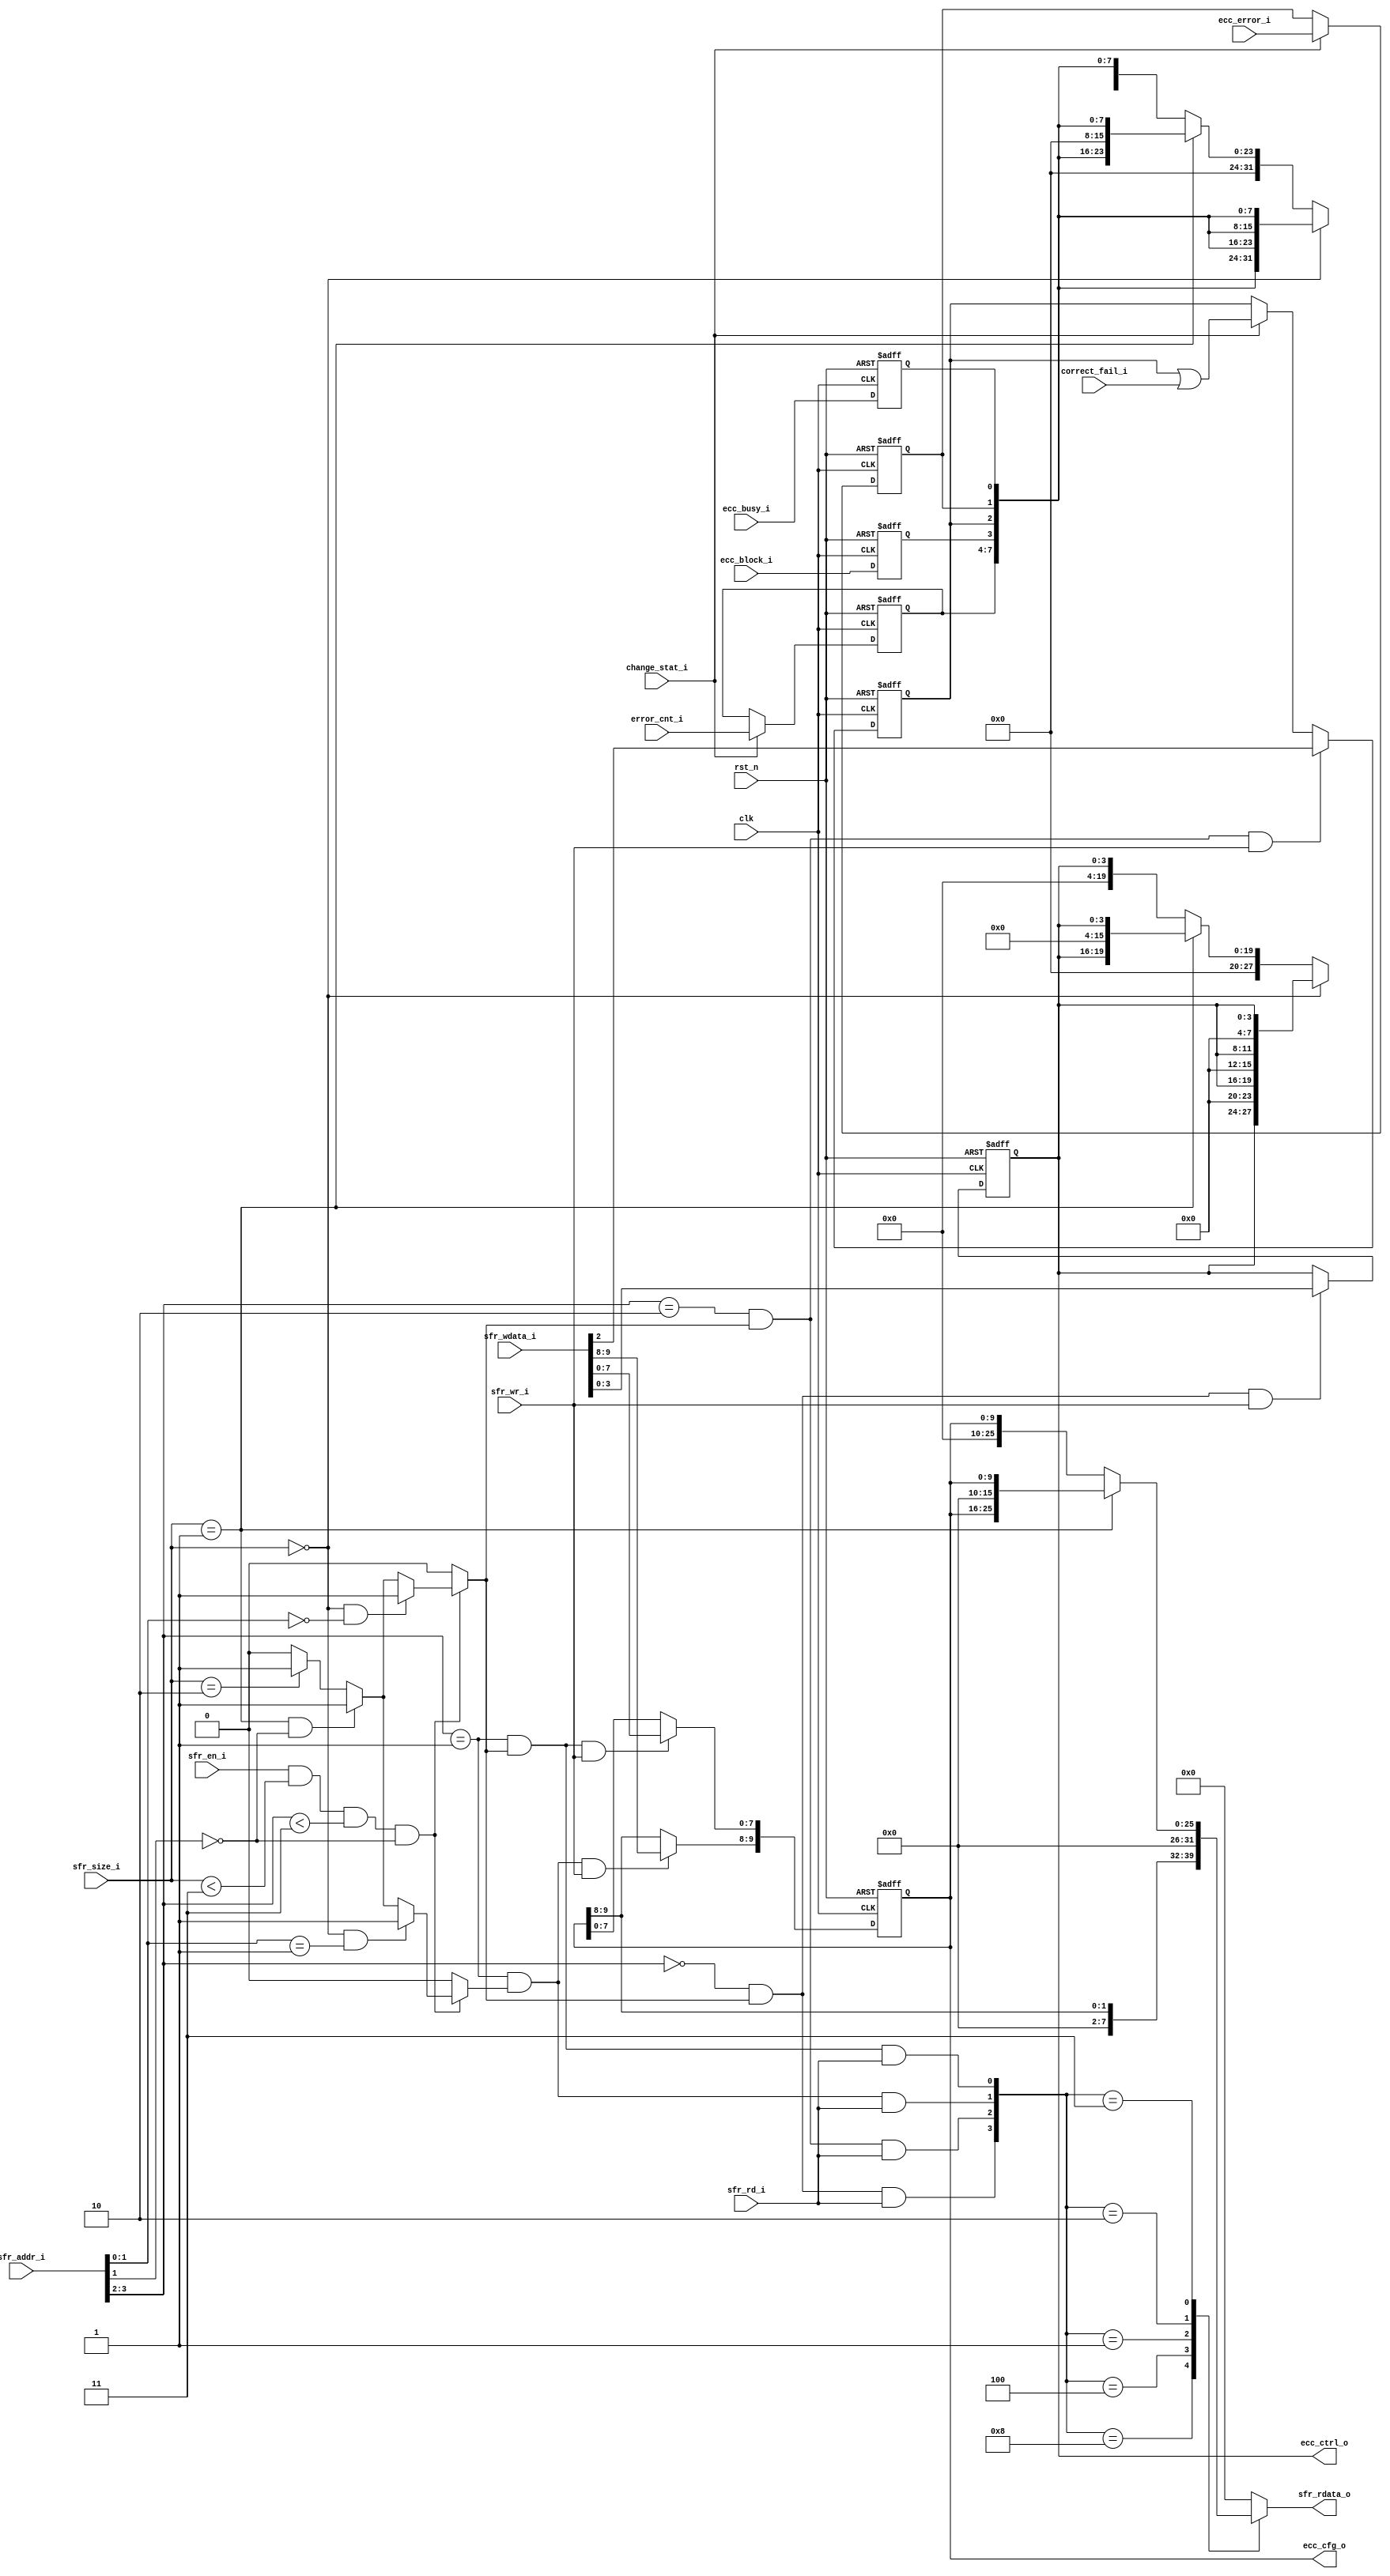
//+File Header//////////////////////////////////////////////////////////////////
//Copyright 2009, shhic. All rights reserved
//Module name : bchecc_reg
//Department  : security
//Author's mail : xuyx@shhic.com
//------------------------------------------------------------------------ 
// Release history 
// VERSION  Date       AUTHOR       DESCRIPTION 
// 1.0      2010-6-1   Xun Yunxiu   Initial version
//------------------------------------------------------------------------ 
// Other: The IP is based on ECC_V100.
//-File Header//////////////////////////////////////////////////////////////////

`timescale 1ns/100ps
module  bchecc_reg(
                rst_n,
                clk,
                sfr_en_i,
                sfr_rd_i,
                sfr_wr_i,
                sfr_size_i,
                sfr_addr_i,
                sfr_wdata_i,
                change_stat_i,
                ecc_busy_i,
                ecc_block_i,
                ecc_error_i,
                correct_fail_i,
                error_cnt_i,
                sfr_rdata_o,
                ecc_ctrl_o,
                ecc_cfg_o
                );
////////////////input
input           rst_n;
input           clk;
input           sfr_en_i;
input           sfr_rd_i;
input           sfr_wr_i;
input   [1:0]   sfr_size_i;
input   [3:0]   sfr_addr_i;
input   [31:0]  sfr_wdata_i;
input           change_stat_i;
input           ecc_busy_i;
input           ecc_block_i;
input           ecc_error_i;
input           correct_fail_i;
input   [3:0]   error_cnt_i;

////////////////output
output  [31:0]  sfr_rdata_o;
output  [3:0]   ecc_ctrl_o;
output  [9:0]   ecc_cfg_o;
reg     [31:0]  sfr_rdata;

////////////////register
reg     [3:0]   ecc_ctrl;
reg     [9:0]   ecc_cfg;
reg     [7:0]   ecc_stat;

////////////////read and write register
wire            sfr_sel;
reg             sfr_byte0_sel;
reg             sfr_byte1_sel;
wire            ecc_ctrl_sel;
wire            ecc_cfg0_sel;
wire            ecc_cfg1_sel;
wire            ecc_stat_sel;

wire            ecc_ctrl_rd;
wire            ecc_cfg0_rd;
wire            ecc_cfg1_rd;
wire            ecc_stat_rd;

wire            ecc_ctrl_wr;
wire            ecc_cfg0_wr;
wire            ecc_cfg1_wr;
wire            ecc_stat_wr;

////////////////generate read and write signals
assign  sfr_sel = sfr_en_i && (sfr_size_i<2'b11) && (sfr_addr_i[3:2]<2'b11) && (sfr_addr_i[1]==1'b0);

always  @(*)
begin
    if(sfr_sel)
        begin
            if((sfr_size_i==2'b00)&&(sfr_addr_i[1:0]==2'b00))
                begin
                    sfr_byte0_sel = 1'b1;
                end
            else if((sfr_size_i==2'b01)&&(sfr_addr_i[1]==1'b0))
                begin
                    sfr_byte0_sel = 1'b1;
                end
            else if(sfr_size_i==2'b10)
                begin
                    sfr_byte0_sel = 1'b1;
                end
            else
                begin
                    sfr_byte0_sel = 1'b0;
                end
        end
    else
        begin
            sfr_byte0_sel = 1'b0;
        end
end

always  @(*)
begin
    if(sfr_sel)
        begin
            if((sfr_size_i==2'b00)&&(sfr_addr_i[1:0]==2'b01))
                begin
                    sfr_byte1_sel = 1'b1;
                end
            else if((sfr_size_i==2'b01)&&(sfr_addr_i[1]==1'b0))
                begin
                    sfr_byte1_sel = 1'b1;
                end
            else if(sfr_size_i==2'b10)
                begin
                    sfr_byte1_sel = 1'b1;
                end
            else
                begin
                    sfr_byte1_sel = 1'b0;
                end
        end
    else
        begin
            sfr_byte1_sel = 1'b0;
        end
end

assign  ecc_ctrl_sel = (sfr_addr_i[3:2]==2'b00) && sfr_byte0_sel;
assign  ecc_cfg0_sel = (sfr_addr_i[3:2]==2'b01) && sfr_byte0_sel;
assign  ecc_cfg1_sel = (sfr_addr_i[3:2]==2'b01) && sfr_byte1_sel;
assign  ecc_stat_sel = (sfr_addr_i[3:2]==2'b10) && sfr_byte0_sel;
assign  ecc_ctrl_rd  = ecc_ctrl_sel && sfr_rd_i;
assign  ecc_cfg0_rd  = ecc_cfg0_sel && sfr_rd_i;
assign  ecc_cfg1_rd  = ecc_cfg1_sel && sfr_rd_i;
assign  ecc_stat_rd  = ecc_stat_sel && sfr_rd_i;
assign  ecc_ctrl_wr  = ecc_ctrl_sel && sfr_wr_i;
assign  ecc_cfg0_wr  = ecc_cfg0_sel && sfr_wr_i;
assign  ecc_cfg1_wr  = ecc_cfg1_sel && sfr_wr_i;
assign  ecc_stat_wr  = ecc_stat_sel && sfr_wr_i;

///////////////write register
always  @(negedge rst_n or posedge clk)
begin
    if(!rst_n)
        begin
            ecc_ctrl <= 4'h0;
        end
    else if(ecc_ctrl_wr)
        begin
            ecc_ctrl <= sfr_wdata_i[3:0];
        end
end

always  @(negedge rst_n or posedge clk)
begin
    if(!rst_n)
        begin
            ecc_cfg <= 10'h000;
        end
    else
        begin
            if(ecc_cfg0_wr)
                begin
                    ecc_cfg[7:0] <= sfr_wdata_i[7:0];
                end
            if(ecc_cfg1_wr)
                begin
                    ecc_cfg[9:8] <= sfr_wdata_i[9:8];
                end
        end
end

always  @(negedge rst_n or posedge clk)
begin
    if(!rst_n)
        begin
            ecc_stat[0] <= 1'b0;
            ecc_stat[3] <= 1'b0;
        end
    else
        begin
            ecc_stat[0] <= ecc_busy_i;
            ecc_stat[3] <= ecc_block_i;
        end
end

always  @(negedge rst_n or posedge clk)
begin
    if(!rst_n)
        begin
            ecc_stat[1] <= 1'b0;
        end
    else if(change_stat_i)
        begin
            ecc_stat[1] <= ecc_error_i;
        end
end

always  @(negedge rst_n or posedge clk)
begin
    if(!rst_n)
        begin
            ecc_stat[2] <= 1'b0;
        end
    else if(ecc_stat_wr)
        begin
            ecc_stat[2] <= sfr_wdata_i[2];
        end
    else if(change_stat_i)
        begin
            ecc_stat[2] <= ecc_stat[2] | correct_fail_i;
        end
end

always  @(negedge rst_n or posedge clk)
begin
    if(!rst_n)
        begin
            ecc_stat[7:4] <= 4'h0;
        end
    else if(change_stat_i)
        begin
            ecc_stat[7:4] <= error_cnt_i;
        end
end

////////////////read register
always  @(*)
begin
    case({ecc_ctrl_rd,ecc_stat_rd,ecc_cfg1_rd,ecc_cfg0_rd})
        4'b1000:
            begin
                if(sfr_size_i==2'b00)
                    begin
                        sfr_rdata = {4{4'h0,ecc_ctrl}};
                    end
                else if(sfr_size_i==2'b01)
                    begin
                        sfr_rdata = {2{12'h000,ecc_ctrl}};
                    end
                else
                    begin
                        sfr_rdata = {28'h0000000,ecc_ctrl};
                    end
            end
        4'b0100:
            begin
                if(sfr_size_i==2'b00)
                    begin
                        sfr_rdata = {4{ecc_stat}};
                    end
                else if(sfr_size_i==2'b01)
                    begin
                        sfr_rdata = {2{8'h00,ecc_stat}};
                    end
                else
                    begin
                        sfr_rdata = {24'h000000,ecc_stat};
                    end
            end
        4'b0001:
            begin
                sfr_rdata = {4{ecc_cfg[7:0]}};
            end
        4'b0010:
            begin
                sfr_rdata = {4{6'b000000,ecc_cfg[9:8]}};
            end
        4'b0011:
            begin
                if(sfr_size_i==2'b01)
                    begin
                        sfr_rdata = {2{6'b000000,ecc_cfg[9:0]}};
                    end
                else
                    begin
                        sfr_rdata = {{22{1'b0}},ecc_cfg[9:0]};
                    end
            end
        default: sfr_rdata = {32{1'b0}};
    endcase
end

////////////////output
assign  sfr_rdata_o = sfr_rdata;
assign  ecc_ctrl_o  = ecc_ctrl; 
assign  ecc_cfg_o   = ecc_cfg;

endmodule